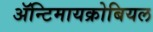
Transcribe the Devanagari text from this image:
ॲन्टिमायक्रोबियल